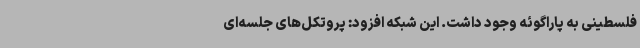
فلسطینی به پاراگوئه وجود داشت. این شبکه افزود: پروتکل‌های جلسه‌ای